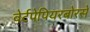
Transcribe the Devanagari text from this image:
वेर्टपेपियरबोरसे